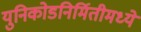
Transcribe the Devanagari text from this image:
युनिकोडनिर्मितीमध्ये